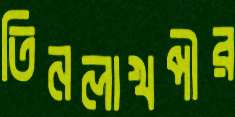
তিনলাখপীর